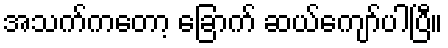
အသက်ကတော့ ခြောက် ဆယ်ကျော်ပါပြီ။